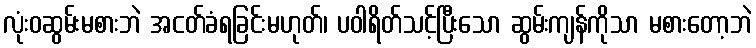
လုံးဝဆွမ်းမစားဘဲ အငတ်ခံရခြင်းမဟုတ်၊ ပဝါရိတ်သင့်ပြီးသော ဆွမ်းကျန်ကိုသာ မစားတော့ဘဲ